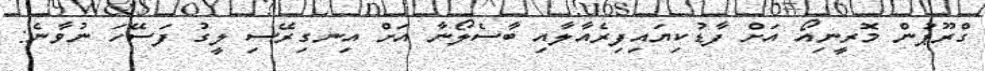
ގްރޫޕުން މޮރީނިއޯ އަށް ފާޑުކިޔައިފިރެއާލާއި ބާސެލޯނާ އަށް އިނގިރޭސި ލީގު ފަސޭހަ ނުވާނެ: